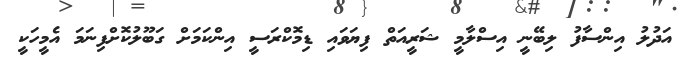
އަދުލު އިންސާފު ލިބޭނީ އިސްލާމީ ޝަރީއަތް ފިޔަވައި ޑިމޮކްރަސީ އިންކަމަށް ގަބޫލުކޮށްފިނަމަ އެމީހަކީ